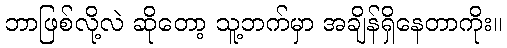
ဘာဖြစ်လို့လဲ ဆိုတော့ သူ့ဘက်မှာ အချိန်ရှိနေတာကိုး။